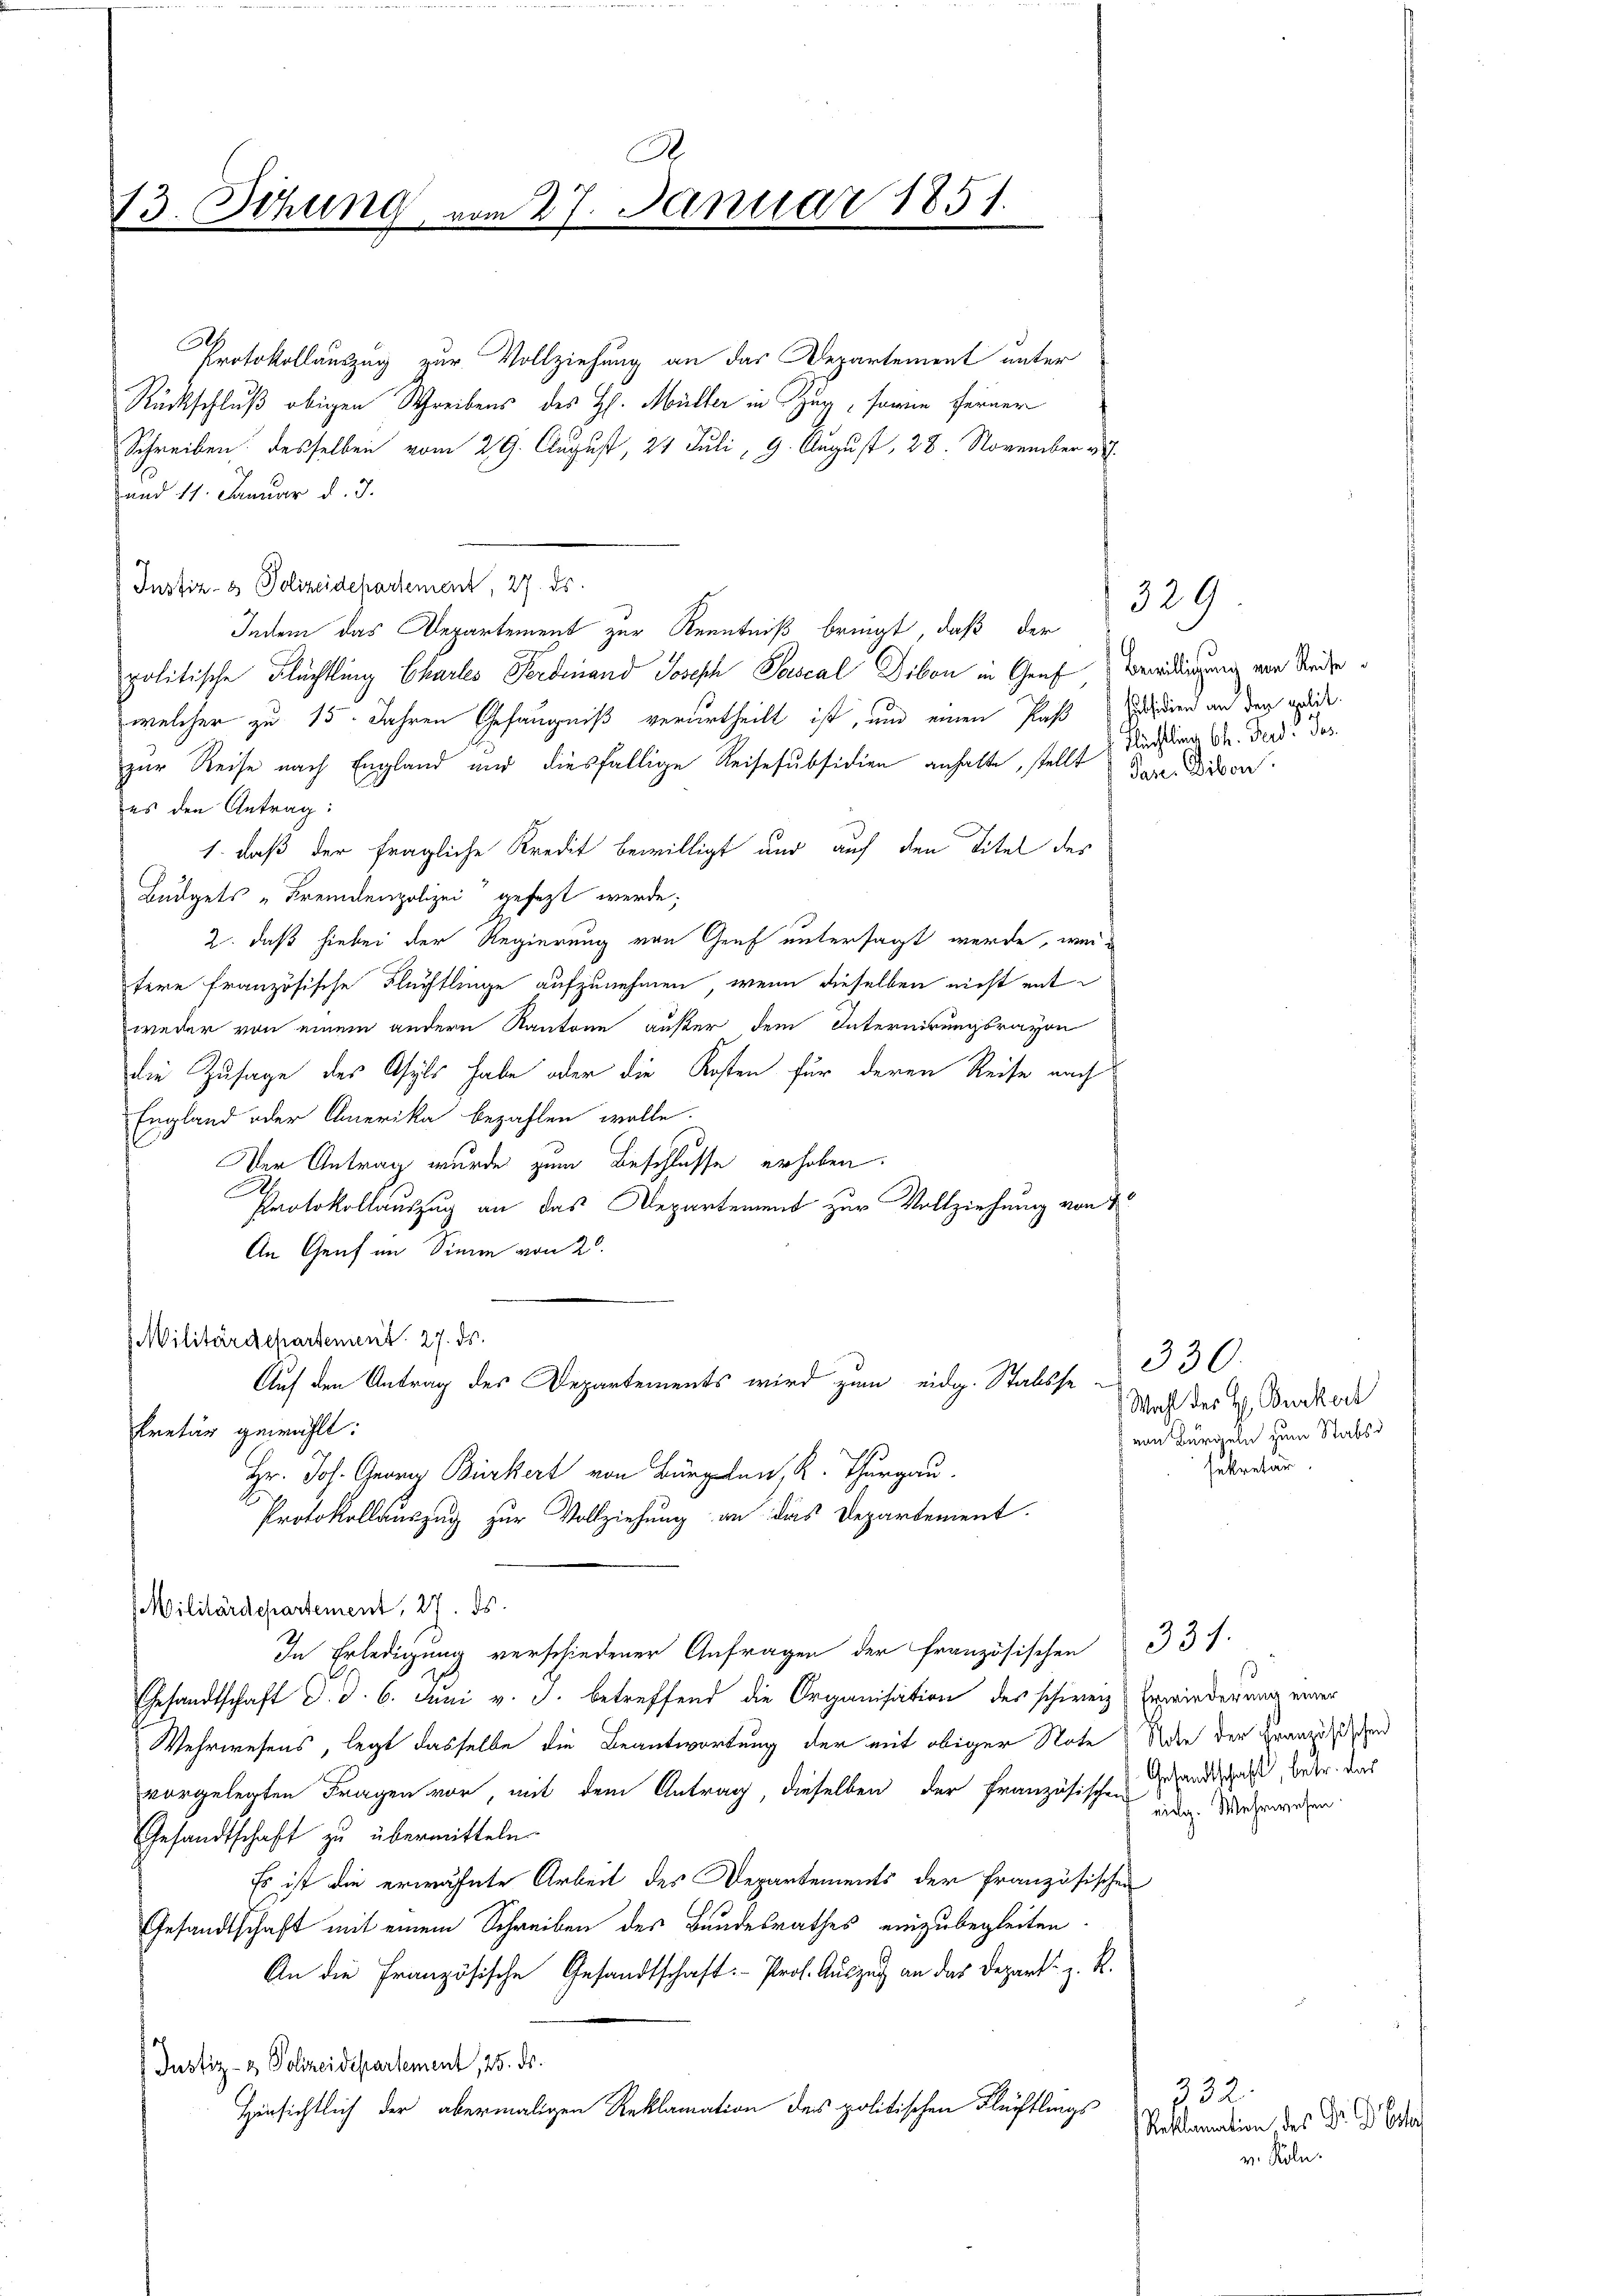
13. Sitzung

Protokollauszug zur Vollziehung an das Departement unter
Rückschluß obigen Schreibens des H. Müller in Zug, sowie ferner
Schreiben desselben vom 29. August, 21 Juli, 9. August, 28. November v.
und 11. Januar d. J.
Instiz- & Polizeidehartement, 27. ds.
Indem das Departement zur Kenntniß bringt, daß der
politische Flüchtling Chartes Ferdinand Joseph Pascal Dibon in Graf Benedigung von Reisewelcher zu 15. Jahren Gefängniß verurtheilt ist, und einen Paß Seiden an den endlic
zur Reise nach England und diesfällige Reisesubsidien anhalte, stellt der Disen
es den Antrag:
1. daß der fragliche Kredit bewilligt und auf den Titel des
Budgets „Fremdenpolizei gefezt werde;
2. daß hiebei der Regierung von Genf untersagt werde, weitere französische Flüchtlinge aufzunehmen, wenn dieselben nicht entweder von einem andern Kantone außer dem Internirungsravon
die Zusage des Asyls habe oder die Kosten für deren Reise nach
England oder Amerika bezahlen wolle.
Der Antrag wurde zum Beschlusse erhoben.
A
Protokollauszug an das Departement zur Vollziehung von 1
An Genf im Sinne von 20.
MMilitärdepartement. 27. ds.
Auf den Antrag des Departements wird zum eidg. Stalsse-
kretär gewählt:
Hr. Joh. Georg Bürkert von Bürglen, K. Thurgau.
Protokollauszug zur Vollziehung an das Departement.
Militärdepartement, 27. ds.
In Erledigung verschiedener Anfragen der Französischen 33 f.
Gesandtschaft d. d. 6. Juni v. J. betreffend die Organisation des schweiz. Erwiederung einer
Wehrwesens, legt dasselbe die Beantwortung der mit obiger Note der der Französischen
vorgelegten Fragen vor, mit dem Antrag, dieselben der Französischen Gesandtschaft, betr. das
Gesandtschaft zu übermitteln.
Es ist die erwähnte Arbeit des Departements der französischen
Gesandtschaft mit einem Schreiben des Bundesrathes einzubegleiten
An die Französische Gesandtschaft. - Prof. Auszug an das Depart z. R.
Justiz- & Polizeidepartement, 25. ds.
Hinsichtlich der abermaligen Reklamation des politischen Flüchtlings-

A
m 27. Januar 1851.

329
Flüchtling Ch. Ferd. Jos.

330.
Wahl der H. Burkort
von Burgeln zum Stabsd
sekretär

eidg. Wehrwesen.

332.
Reklamation des Gr. Dr Ester
v. Köln.